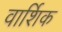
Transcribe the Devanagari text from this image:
वार्शिक